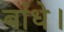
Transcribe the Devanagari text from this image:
बांधे।